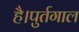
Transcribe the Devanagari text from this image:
है।पुर्तगाल